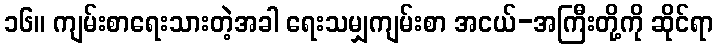
၁၆။ ကျမ်းစာရေးသားတဲ့အခါ ရေးသမျှကျမ်းစာ အငယ်-အကြီးတို့ကို ဆိုင်ရာ